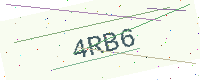
Text: 4RB6